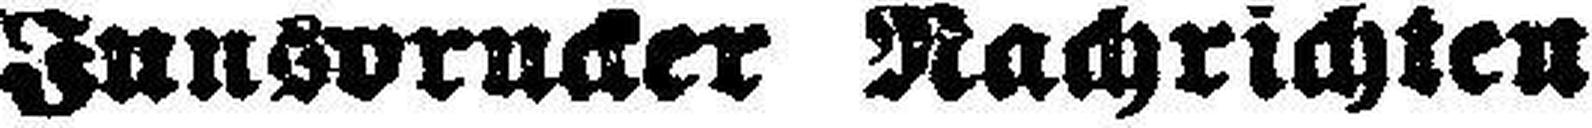
Innsbrucker Nachrichten